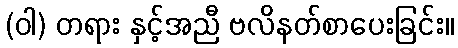
(ဝါ) တရား နှင့်အညီ ဗလိနတ်စာပေးခြင်း။